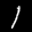
Label: 1